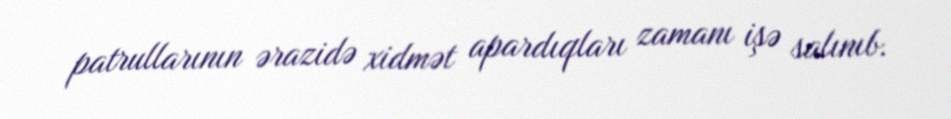
patrullarının ərazidə xidmət apardıqları zamanı işə salınıb.